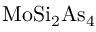
\mathrm { M o S i _ { 2 } A s _ { 4 } }